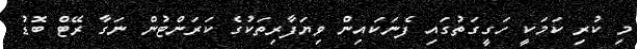
މި ކުރި ކަމަކީ ހަގީގަތުގައި ފެނަަކައިން ވިޔަފާރިތަކުގެ ކަރަންޓުން ނަގާ ރޭޓް ބޮޑު